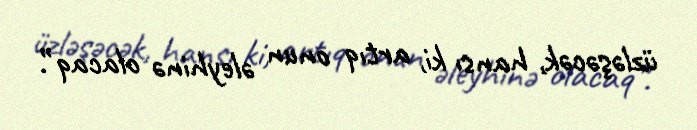
üzləşəcək, hansı ki, artıq onun əleyhinə olacaq”.